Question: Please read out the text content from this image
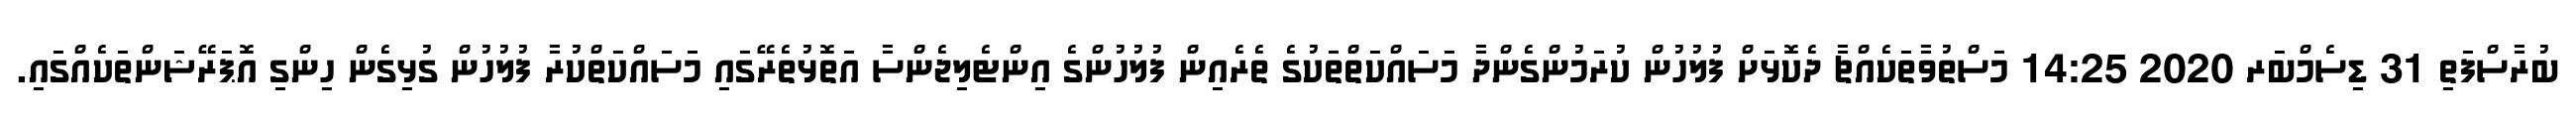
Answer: ބުރާސްފަތި 31 ޑިސެމްބަރ 2020 14:25 މަސްތުވާތަކެއްޗާ ދެކޮޅަށް ފުލުހުން ކުރަމުންގެންދާ މަސައްކަތްތަކުގެ ތެރެއިން ފުލުހުންގެ އިންޓެލިޖެންސާ އަތޮޅުތެރޭގައި މަސައްކަތްކުރާ ފުލުހުން ގުޅިގެން ހިންގި އޮޕަރޭޝަންތަކެއްގައި.